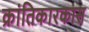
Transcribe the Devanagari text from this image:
क्रांतिकारकास